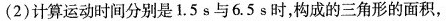
(2)计算运动时间分别是1.5s与6.5s时，构成的三角形的面积，